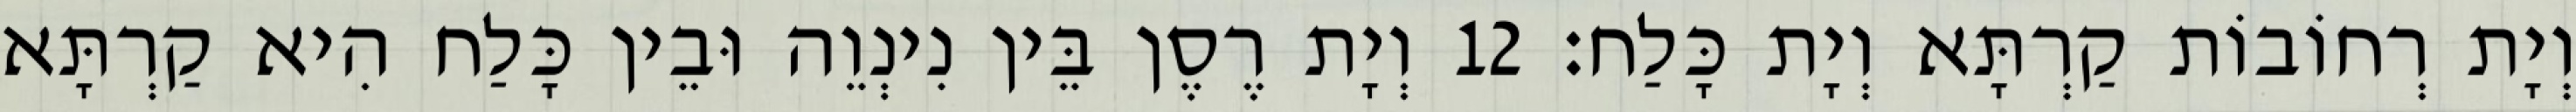
וְיָת רְחוֹבוֹת קַרְתָּא וְיָת כָּלַח׃ 12 וְיָת רֶסֶן בֵּין נִינְוֵה וּבֵין כָּלַח הִיא קַרְתָּא